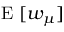
\mathrm { ~ E ~ } [ w _ { \boldsymbol { \mu } } ]